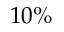
1 0 \%